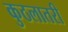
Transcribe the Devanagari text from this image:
कुठलातरी